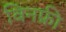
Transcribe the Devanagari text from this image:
विनफ्री